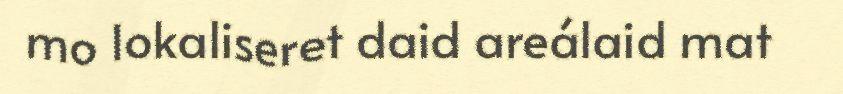
mo lokaliseret daid areálaid mat